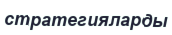
стратегияларды